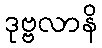
ဒုဗ္ဗလာနိ